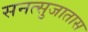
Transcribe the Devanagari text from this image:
सनत्सुजातास